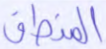
المنطق